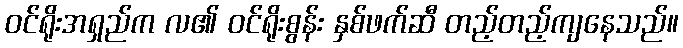
ဝင်ရိုးအရှည်က လ၏ ဝင်ရိုးစွန်း နှစ်ဖက်ဆီ တည့်တည့်ကျနေသည်။